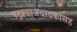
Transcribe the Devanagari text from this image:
पखवाजवादकांसह